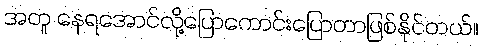
အတူ နေရအောင်လို့ပြောကောင်းပြောတာဖြစ်နိုင်တယ်။